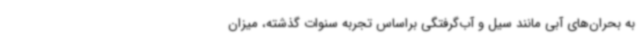
به بحران‌های آبی مانند سیل و آب‌گرفتگی براساس تجربه سنوات گذشته، میزان